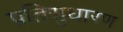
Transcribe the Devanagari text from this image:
प्रतिसुधारण